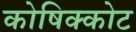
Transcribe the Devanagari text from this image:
कोषिक्कोट